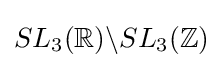
SL_{3}(\mathbb {R} )\backslash SL_{3}(\mathbb {Z} )